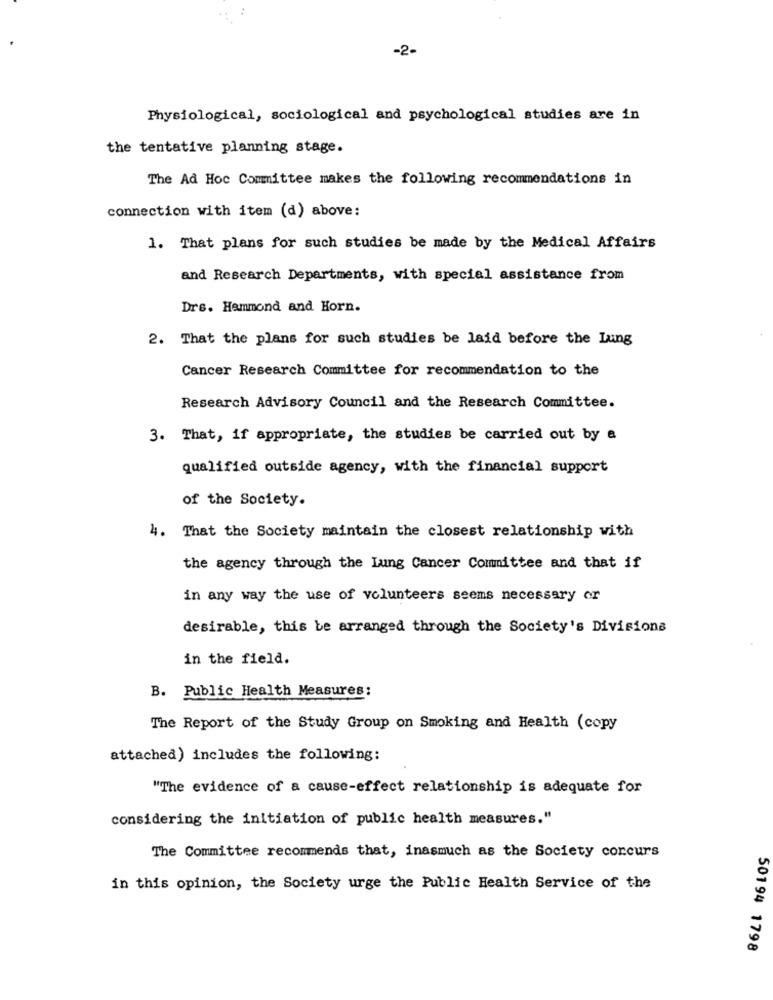
-2-
Physiological, sociological and psychological studies are in
the tentative planning stage.
The Ad Hoc Committee makes the following recommendations in
connection with item (d) above:
1. That plans for such studies be made by the Medical Affairs
and Research Departments, with special assistance from
Drs. Hammond and Horn.
2. That the plans for such studies be laid before the Lung
Cancer Research Committee for recommendation to the
Research Advisory Council and the Research Committee.
3. That, if appropriate, the studies be carried out by a
qualified outside agency, with the financial support
of the Society.
4. That the Society maintain the closest relationship with
the agency through the Lung Cancer Committee and that if
in any way the use of volunteers seems necessary or
desirable, this be arranged through the Society's Divisions
in the field.
B. Public Health Measures:
The Report of the Study Group on Smoking and Health (copy
attached) includes the following:
"The evidence of a cause-effect relationship is adequate for
considering the initiation of public health measures."
The Committee recommends that, inasmuch as the Society concurs
in this opinion, the Society urge the Public Health Service of the
50194 1798